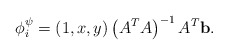
\begin{align*} \phi_i^\psi=(1,x,y)\left(A^TA\right)^{-1}A^T\mathbf b. \end{align*}